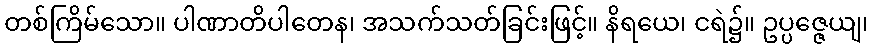
တစ်ကြိမ်သော။ ပါဏာတိပါတေန၊ အသက်သတ်ခြင်းဖြင့်။ နိရယေ၊ ငရဲ၌။ ဥပ္ပဇ္ဇေယျ၊